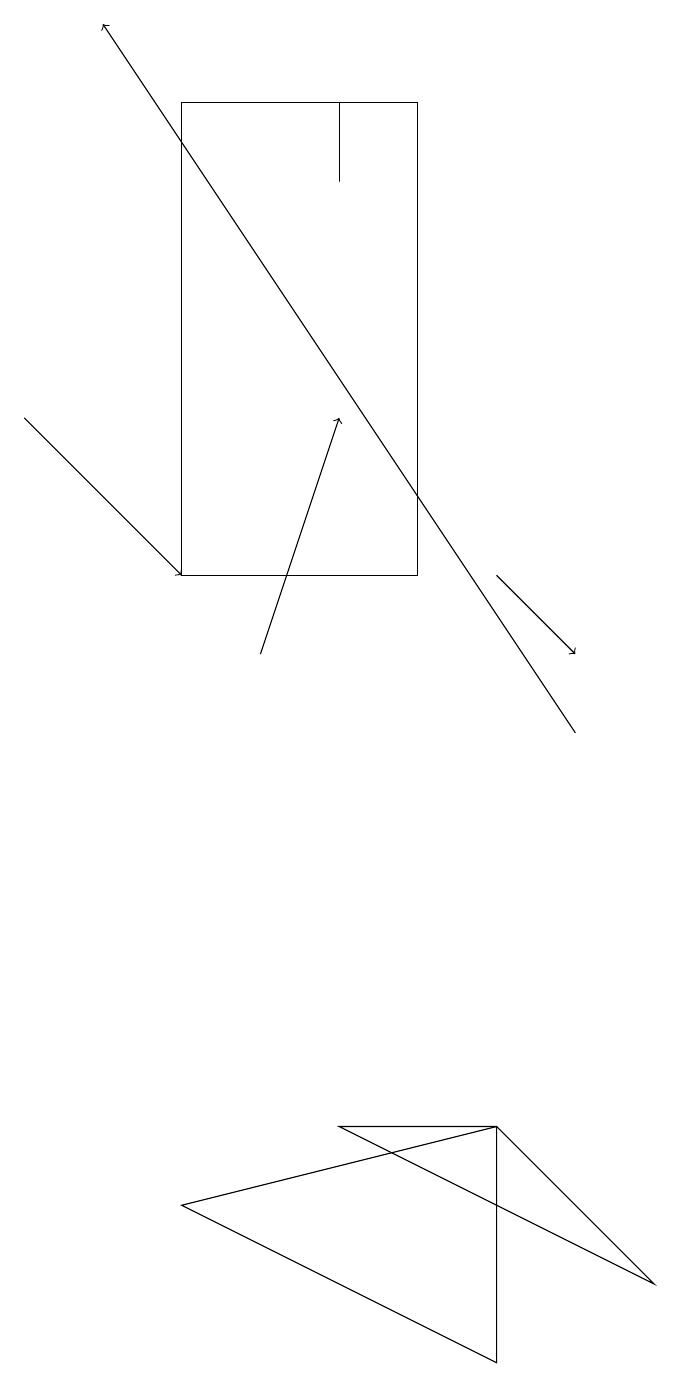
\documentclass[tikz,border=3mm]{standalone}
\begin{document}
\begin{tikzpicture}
\draw (3,4) -- (7,5) -- (7,2) -- cycle;
\draw[->] (4,11) -- (5,14);
\draw[->] (1,14) -- (3,12);
\draw[->] (7,12) -- (8,11);
\draw[->] (8,10) -- (2,19);
\draw (7,5) -- (5,5) -- (9,3) -- cycle;
\draw (5,18) rectangle (5,17);
\draw (3,18) rectangle (6,12);
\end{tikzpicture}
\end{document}